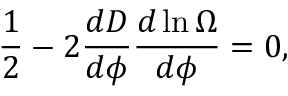
{ \frac { 1 } { 2 } } - 2 { \frac { d D } { d \phi } } { \frac { d \ln \Omega } { d \phi } } = 0 ,